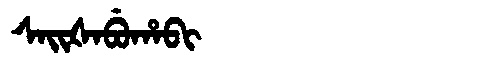
Manchu: ᠰᠠᡳᡧᠠᠪᡠᡥᠠᠪᡳ
Romanization: SAIŠABUHABI